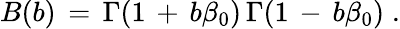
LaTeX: B(b)\, =\, \Gamma(1\, +\, b\beta_{0})\, \Gamma(1\, -\, b\beta_{0})\; .